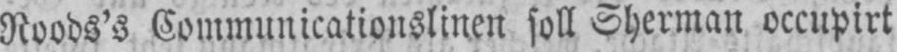
Roods’s Communicationslinen soll Sherman occupirt